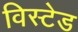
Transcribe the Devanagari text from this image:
विस्टेड